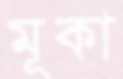
মূকা